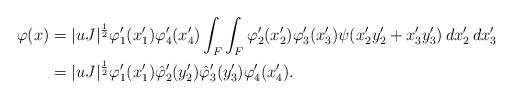
LaTeX: \begin{align*} \varphi(x) & = |uJ|^{\frac{1}{2}} \varphi_1'(x_1') \varphi_4'(x_4') \int_F \int_F \varphi_2'(x_2') \varphi_3'(x_3') \psi(x_2'y_2' + x_3' y_3') \, dx_2' \, dx_3' \\ & = |uJ|^{\frac{1}{2}} \varphi_1'(x_1') \hat{\varphi}_2'(y_2') \hat{\varphi}_3'(y_3') \varphi_4'(x_4').\end{align*}